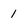
Character: 1